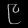
Digit: ၉